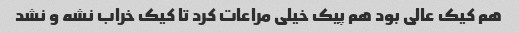
هم کیک عالی بود هم پیک خیلی مراعات کرد تا کیک خراب نشه و نشد